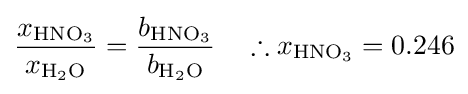
{\frac {x_{\mathrm {HNO_{3}} }}{x_{\mathrm {H_{2}O} }}}={\frac {b_{\mathrm {HNO_{3}} }}{b_{\mathrm {H_{2}O} }}}\quad \therefore x_{\mathrm {HNO_{3}} }=0.246